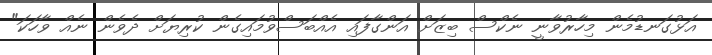
އަޅުގަނޑުމެން މިހާރުވާނީ ނެކްސް ބިޒަށް އަންގާފައި އެއްބަސްވުމައިގެން ކުރިޔަށް ދެވެން ނެއް ވާހަކަ"